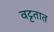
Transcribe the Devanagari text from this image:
वट्टतात